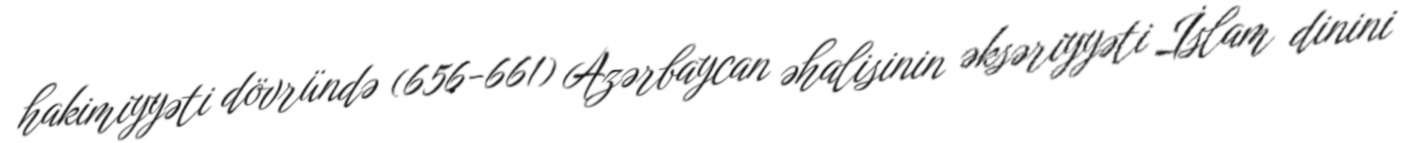
hakimiyyəti dövründə (656-661) Azərbaycan əhalisinin əksəriyyəti İslam dinini